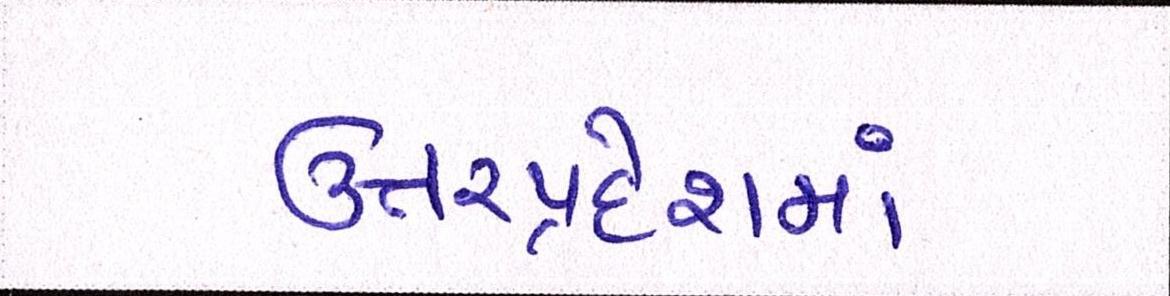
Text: ઉત્તરપ્રદેશમાં